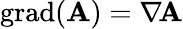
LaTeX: \operatorname{grad}(\mathbf{A})=\nabla\! \mathbf{A}